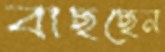
বাছছেন